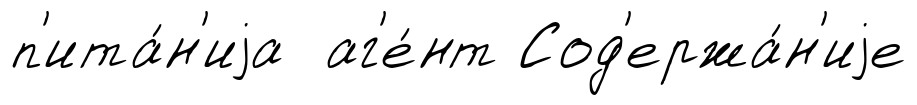
п'ита́н'иjа аг'е́нт Сод'ержа́н'иjе